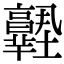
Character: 𡔊